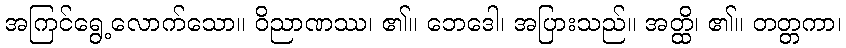
အကြင်ရွေ့လောက်သော။ ဝိညာဏဿ၊ ၏။ ဘေဒေါ၊ အပြားသည်။ အတ္ထိ၊ ၏။ တတ္တကာ၊